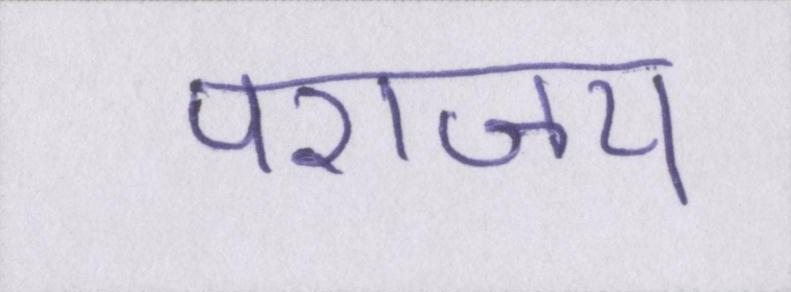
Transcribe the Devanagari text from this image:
पराजय